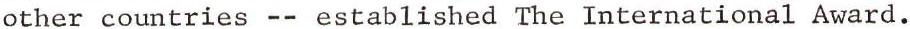
other countries -- established The International Award.